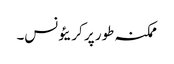
ممکنہ طور پر کریئونس۔